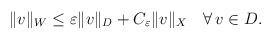
LaTeX: \begin{align*}\begin{aligned}\|v\|_{W}\le \varepsilon \|v\|_{D}+C_\varepsilon \|v\|_{X} \quad\forall\, v\in D .\end{aligned}\end{align*}